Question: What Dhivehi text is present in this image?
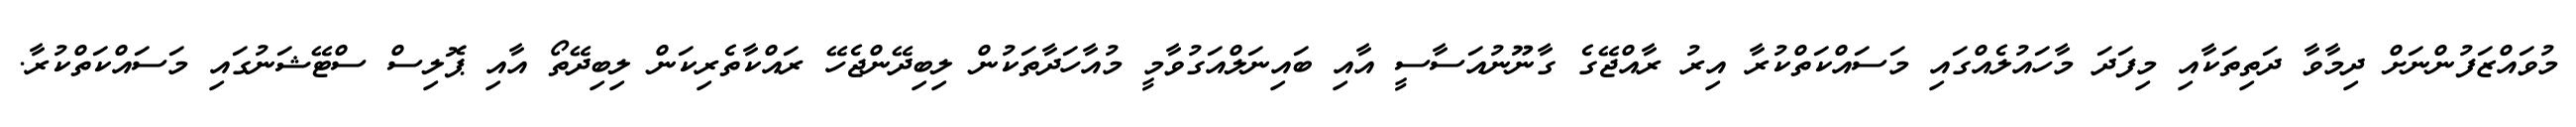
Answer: މުވައްޒަފުންނަށް ދިމާވާ ދަތިތަކާއި މިފަދަ މާހައުލެއްގައި މަސައްކަތްކުރާ އިރު ރާއްޖޭގެ ގާނޫނުއަސާސީ އާއި ބައިނަލްއަގުވާމީ މުއާހަދާތަކުން ލިބިދޭންޖެހޭ ރައްކާތެރިކަން ލިބިދޭތޯ އާއި ޕޮލިސް ސްޓޭޝަނުގައި މަސައްކަތްކުރާ.